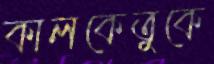
কালকেতুকে